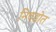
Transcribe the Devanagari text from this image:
निवडोत